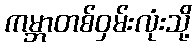
ကမ္ဘာတစ်ဝှမ်းလုံးသို့